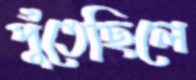
পুঁতেছিলে